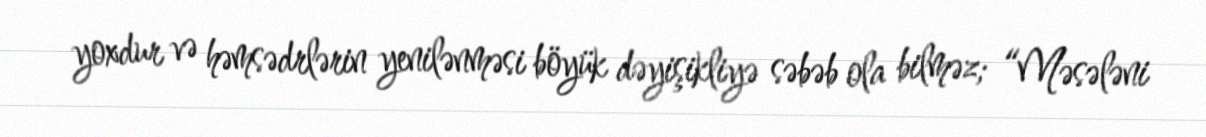
yoxdur və həmsədrlərin yenilənməsi böyük dəyişikliyə səbəb ola bilməz; “Məsələni